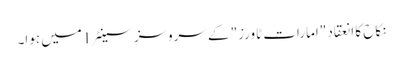
نکاح کا انعقاد "امارات ٹاورز" کے سروسز سینٹر 1میں ہوا۔